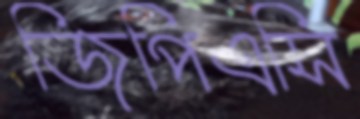
জিপিএসি